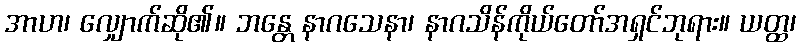
အာဟ၊ လျှောက်ဆို၏။ ဘန္တေ နာဂသေနာ၊ နာဂသိန်ကိုယ်တော်အရှင်ဘုရား။ ယတ္ထ၊